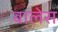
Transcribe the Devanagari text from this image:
बालेस